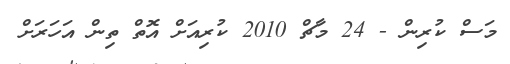
މަސް ކުރިން - 24 މާޗް 2010 ކުރިއަށް އޮތް ތިން އަހަރަށް